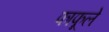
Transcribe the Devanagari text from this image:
फाफूले